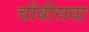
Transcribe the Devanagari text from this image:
चौबीसवा